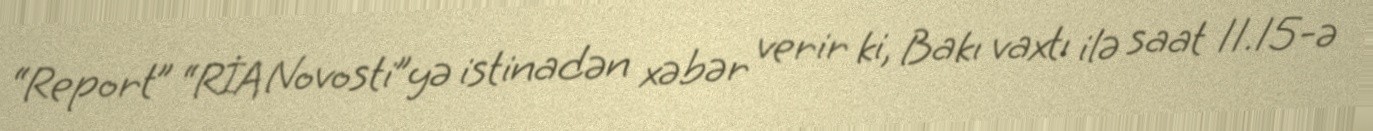
“Report” “RİA Novosti”yə istinadən xəbər verir ki, Bakı vaxtı ilə saat 11.15-ə